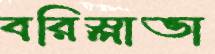
বরিস্লাভা